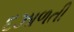
દઝાળતી